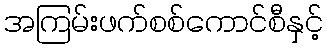
အကြမ်းဖက်စစ်ကောင်စီနှင့်